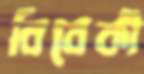
বিবেকী